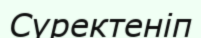
Сүректеніп